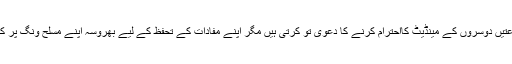
تمام جماعتیں دوسروں کے مینڈیٹ کااحترام کرنے کا دعوٰی تو کرتی ہیں مگر اپنے مفادات کے تحفظ کے لیے بھروسہ اپنے مسلح ونگ پر کرتی ہیں۔